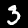
Digit: 3